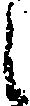
之